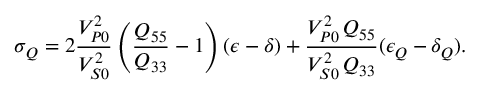
\sigma _ { Q } = 2 \frac { V _ { P 0 } ^ { 2 } } { V _ { S 0 } ^ { 2 } } \left( \frac { Q _ { 5 5 } } { Q _ { 3 3 } } - 1 \right) ( \epsilon - \delta ) + \frac { V _ { P 0 } ^ { 2 } \, Q _ { 5 5 } } { V _ { S 0 } ^ { 2 } \, Q _ { 3 3 } } ( \epsilon _ { Q } - \delta _ { Q } ) .